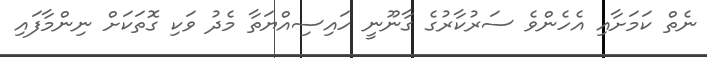
ނެތް ކަމަށާއި އެހެންވެ ސަރުކާރުގެ ގާނޫނީ ހައިސިއްޔަތާ މެދު ވަކި ގޮތަކަށް ނިންމާފައި